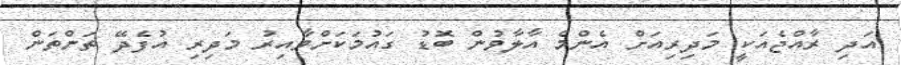
އަދި ރާއްޖެއަކީ މަދިރިއަށް އެންމެ އާލާވުން ބޮޑު ގައުމަކަށްވާއިރު މަދިރި އުފެދޭ ތަންތަން